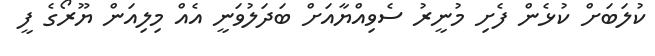
ކުލަބަށް ކުޅެން ފެށި މުނީރު ސެވިއްޔާއަށް ބަދަލުވަނީ އެއް މިލިއަން ޔޫރޯގެ ފީ